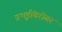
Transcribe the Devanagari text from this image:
प्रभृतींबरोबर